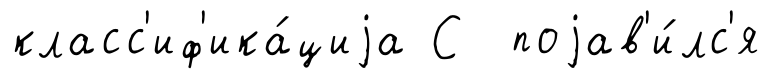
класс'иф'ика́циjа С поjав'и́лс'я